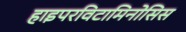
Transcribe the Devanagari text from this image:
हाइपरविटामिनोसिस